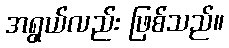
အရွယ်လည်း ဖြစ်သည်။